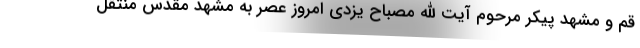
قم و مشهد پیکر مرحوم آیت الله مصباح یزدی امروز عصر به مشهد مقدس منتقل